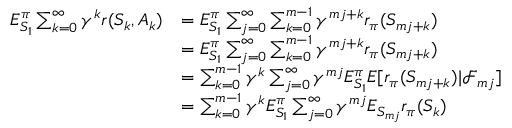
\begin{array} { r l } { E _ { S _ { 1 } } ^ { \pi } \sum _ { k = 0 } ^ { \infty } \gamma ^ { k } r ( S _ { k } , A _ { k } ) } & { = E _ { S _ { 1 } } ^ { \pi } \sum _ { j = 0 } ^ { \infty } \sum _ { k = 0 } ^ { m - 1 } \gamma ^ { m j + k } r _ { \pi } ( S _ { m j + k } ) } \\ & { = E _ { S _ { 1 } } ^ { \pi } \sum _ { j = 0 } ^ { \infty } \sum _ { k = 0 } ^ { m - 1 } \gamma ^ { m j + k } r _ { \pi } ( S _ { m j + k } ) } \\ & { = \sum _ { k = 0 } ^ { m - 1 } \gamma ^ { k } \sum _ { j = 0 } ^ { \infty } \gamma ^ { m j } E _ { S _ { 1 } } ^ { \pi } E [ r _ { \pi } ( S _ { m j + k } ) | \mathcal { F } _ { m j } ] } \\ & { = \sum _ { k = 0 } ^ { m - 1 } \gamma ^ { k } E _ { S _ { 1 } } ^ { \pi } \sum _ { j = 0 } ^ { \infty } \gamma ^ { m j } E _ { S _ { m j } } r _ { \pi } ( S _ { k } ) } \end{array}